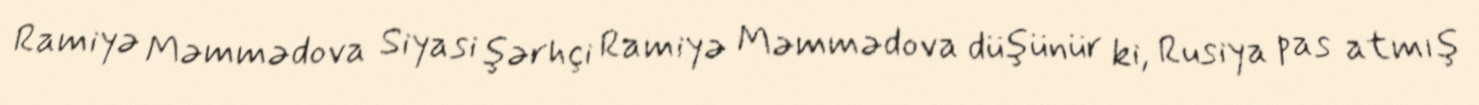
Ramiyə Məmmədova Siyasi şərhçi Ramiyə Məmmədova düşünür ki, Rusiya pas atmış